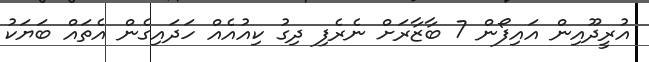
އުރީދޫއިން އައިފޯން 7 ބާޒާރަށް ނެރެފި ދިގު ކިއުއެއް ހަދައިގެން އެތައް ބަޔަކު